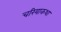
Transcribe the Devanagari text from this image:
चरियाकथा